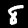
Label: 8